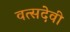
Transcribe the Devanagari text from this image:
वत्सदेवी